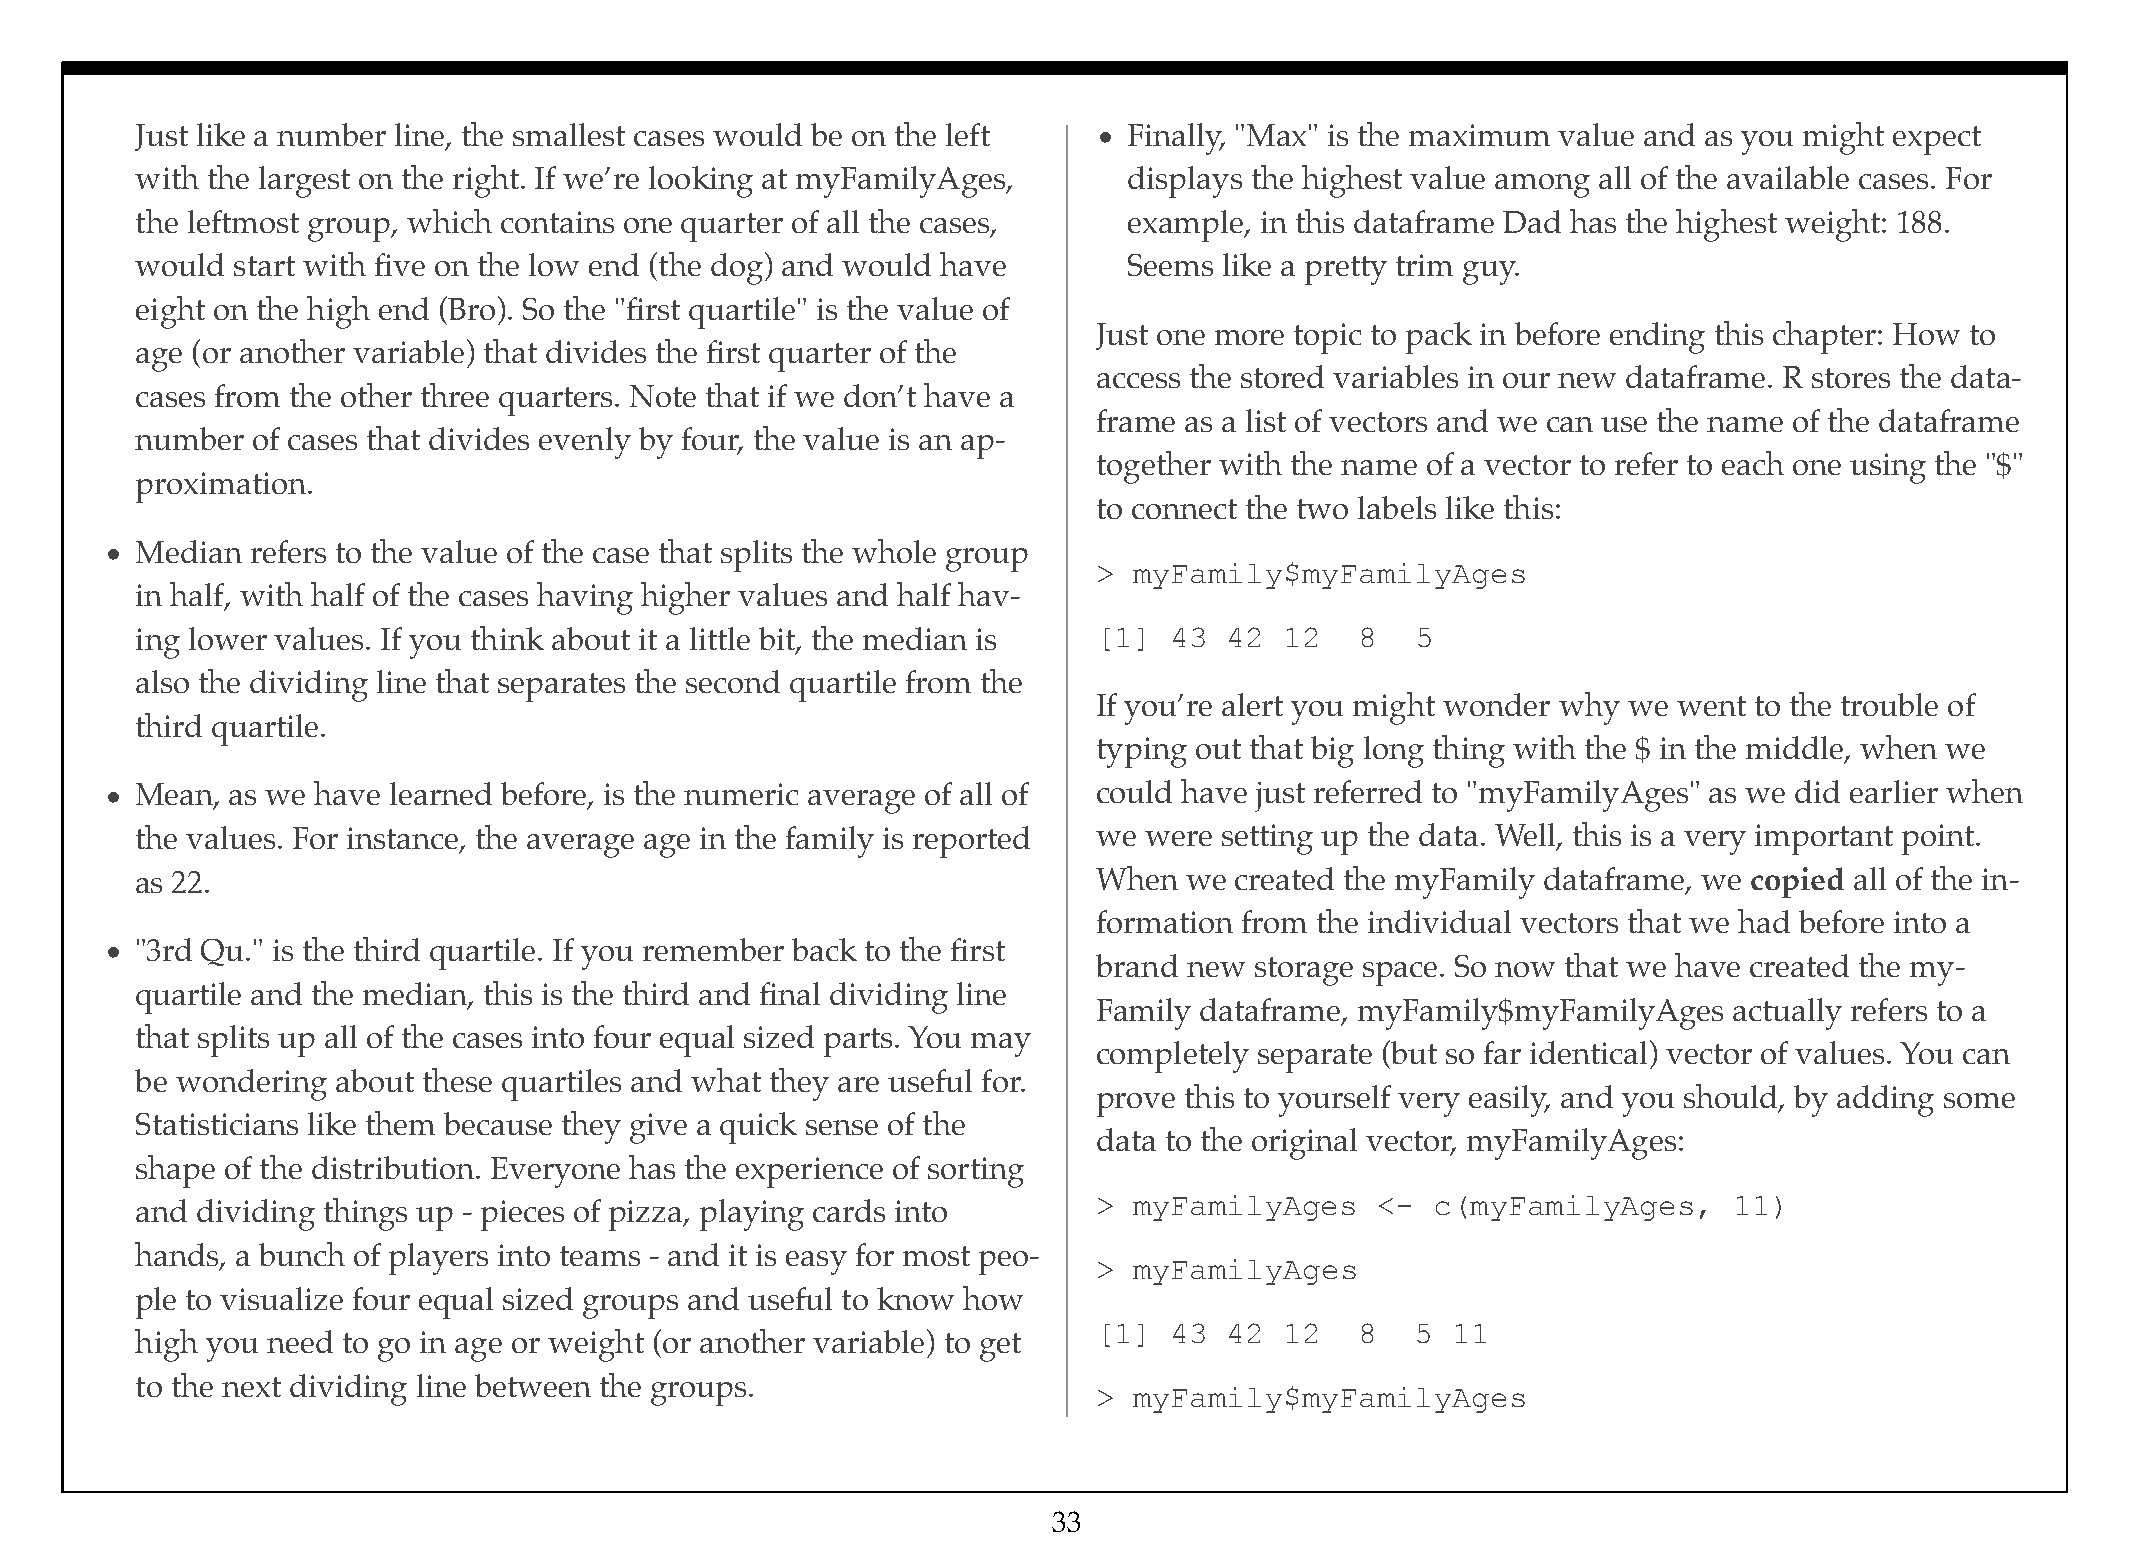
Just like a number line, the smallest cases would be on the left • Finally, "Max" is the maximum value and as you might expect
 with the largest on the right. If we’re looking at myFamilyAges,  displays the highest value among all of the available cases. For
 the leftmost group, which contains one quarter of all the cases,  example, in this dataframe Dad has the highest weight: 188.
 would start with five on the low end (the dog) and would have     Seems like a pretty trim guy.
 eight on the high end (Bro). So the "first quartile" is the value of
 Just one more topic to pack in before ending this chapter: How to
 age (or another variable) that divides the first quarter of the
 access the stored variables in our new dataframe. R stores the data-
 cases from the other three quarters. Note that if we don’t have a
 frame as a list of vectors and we can use the name of the dataframe
 number  of cases that divides evenly by four, the value is an ap-
 together with the name of a vector to refer to each one using the "$"
 proximation.
 to connect the two labels like this:
 • Median  refers to the value of the case that splits the whole group
 > myFamily$myFamilyAges
 in half, with half of the cases having higher values and half hav-
 ing lower values. If you think about it a little bit, the median is [1] 43 42 12 8   5
 also the dividing line that separates the second quartile from the
 If you’re alert you might wonder why we went to the trouble of
 third quartile.
 typing out that big long thing with the $ in the middle, when we
 • Mean, as we have learned before, is the numeric average of all of could have just referred to "myFamilyAges" as we did earlier when
 the values. For instance, the average age in the family is reported we were setting up the data. Well, this is a very important point.
 as 22.                                                          When  we created the myFamily dataframe, we copied all of the in-
 formation from the individual vectors that we had before into a
 • "3rd Qu." is the third quartile. If you remember back to the first
 brand new storage space. So now that we have created the my-
 quartile and the median, this is the third and final dividing line
 Family dataframe, myFamily$myFamilyAges   actually refers to a
 that splits up all of the cases into four equal sized parts. You may
 completely separate (but so far identical) vector of values. You can
 be wondering about these quartiles and what they are useful for.
 prove this to yourself very easily, and you should, by adding some
 Statisticians like them because they give a quick sense of the
 data to the original vector, myFamilyAges:
 shape of the distribution. Everyone has the experience of sorting
 > myFamilyAges    <-  c(myFamilyAges,     11)
 and dividing things up - pieces of pizza, playing cards into
 hands, a bunch of players into teams - and it is easy for most peo-
 > myFamilyAges
 ple to visualize four equal sized groups and useful to know how
 [1]  43 42  12   8   5 11
 high you need to go in age or weight (or another variable) to get
 to the next dividing line between the groups.
 > myFamily$myFamilyAges
 33